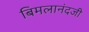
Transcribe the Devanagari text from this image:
बिमलानंदजी